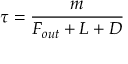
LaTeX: \tau = { \frac { m } { F _ { o u t } + L + D } }